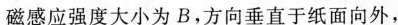
磁感应强度大小为B,方向垂直于纸面向外，